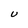
Character: U